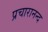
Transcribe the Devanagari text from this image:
प्रचारानन्द